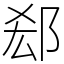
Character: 郄